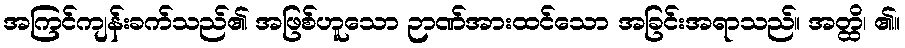
အကြင်ကျန်းခက်သည်၏ အဖြစ်ဟူသော ဉာဏ်အားထင်သော အခြင်းအရာသည်။ အတ္ထိ၊ ၏။